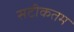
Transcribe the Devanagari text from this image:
सटीकतम